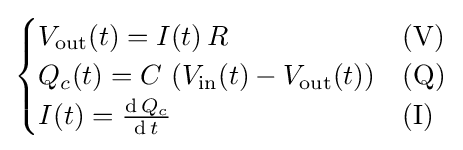
{\begin{cases}V_{\text{out}}(t)=I(t)\,R&{\text{(V)}}\\Q_{c}(t)=C\,\left(V_{\text{in}}(t)-V_{\text{out}}(t)\right)&{\text{(Q)}}\\I(t)={\frac {\operatorname {d} Q_{c}}{\operatorname {d} t}}&{\text{(I)}}\end{cases}}